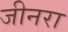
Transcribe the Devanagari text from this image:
जीनरा